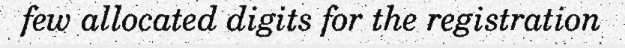
few allocated digits for the registration